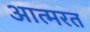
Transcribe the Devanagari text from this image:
आत्मरत